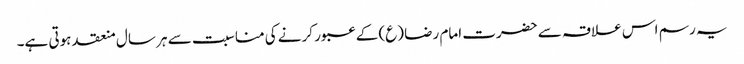
یہ رسم اس علاقہ سے حضرت امام رضا (ع) کے عبور کرنے کی مناسبت سے ہر سال منعقد ہوتی ہے۔